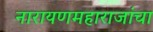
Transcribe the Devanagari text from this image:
नारायणमहाराजांचा